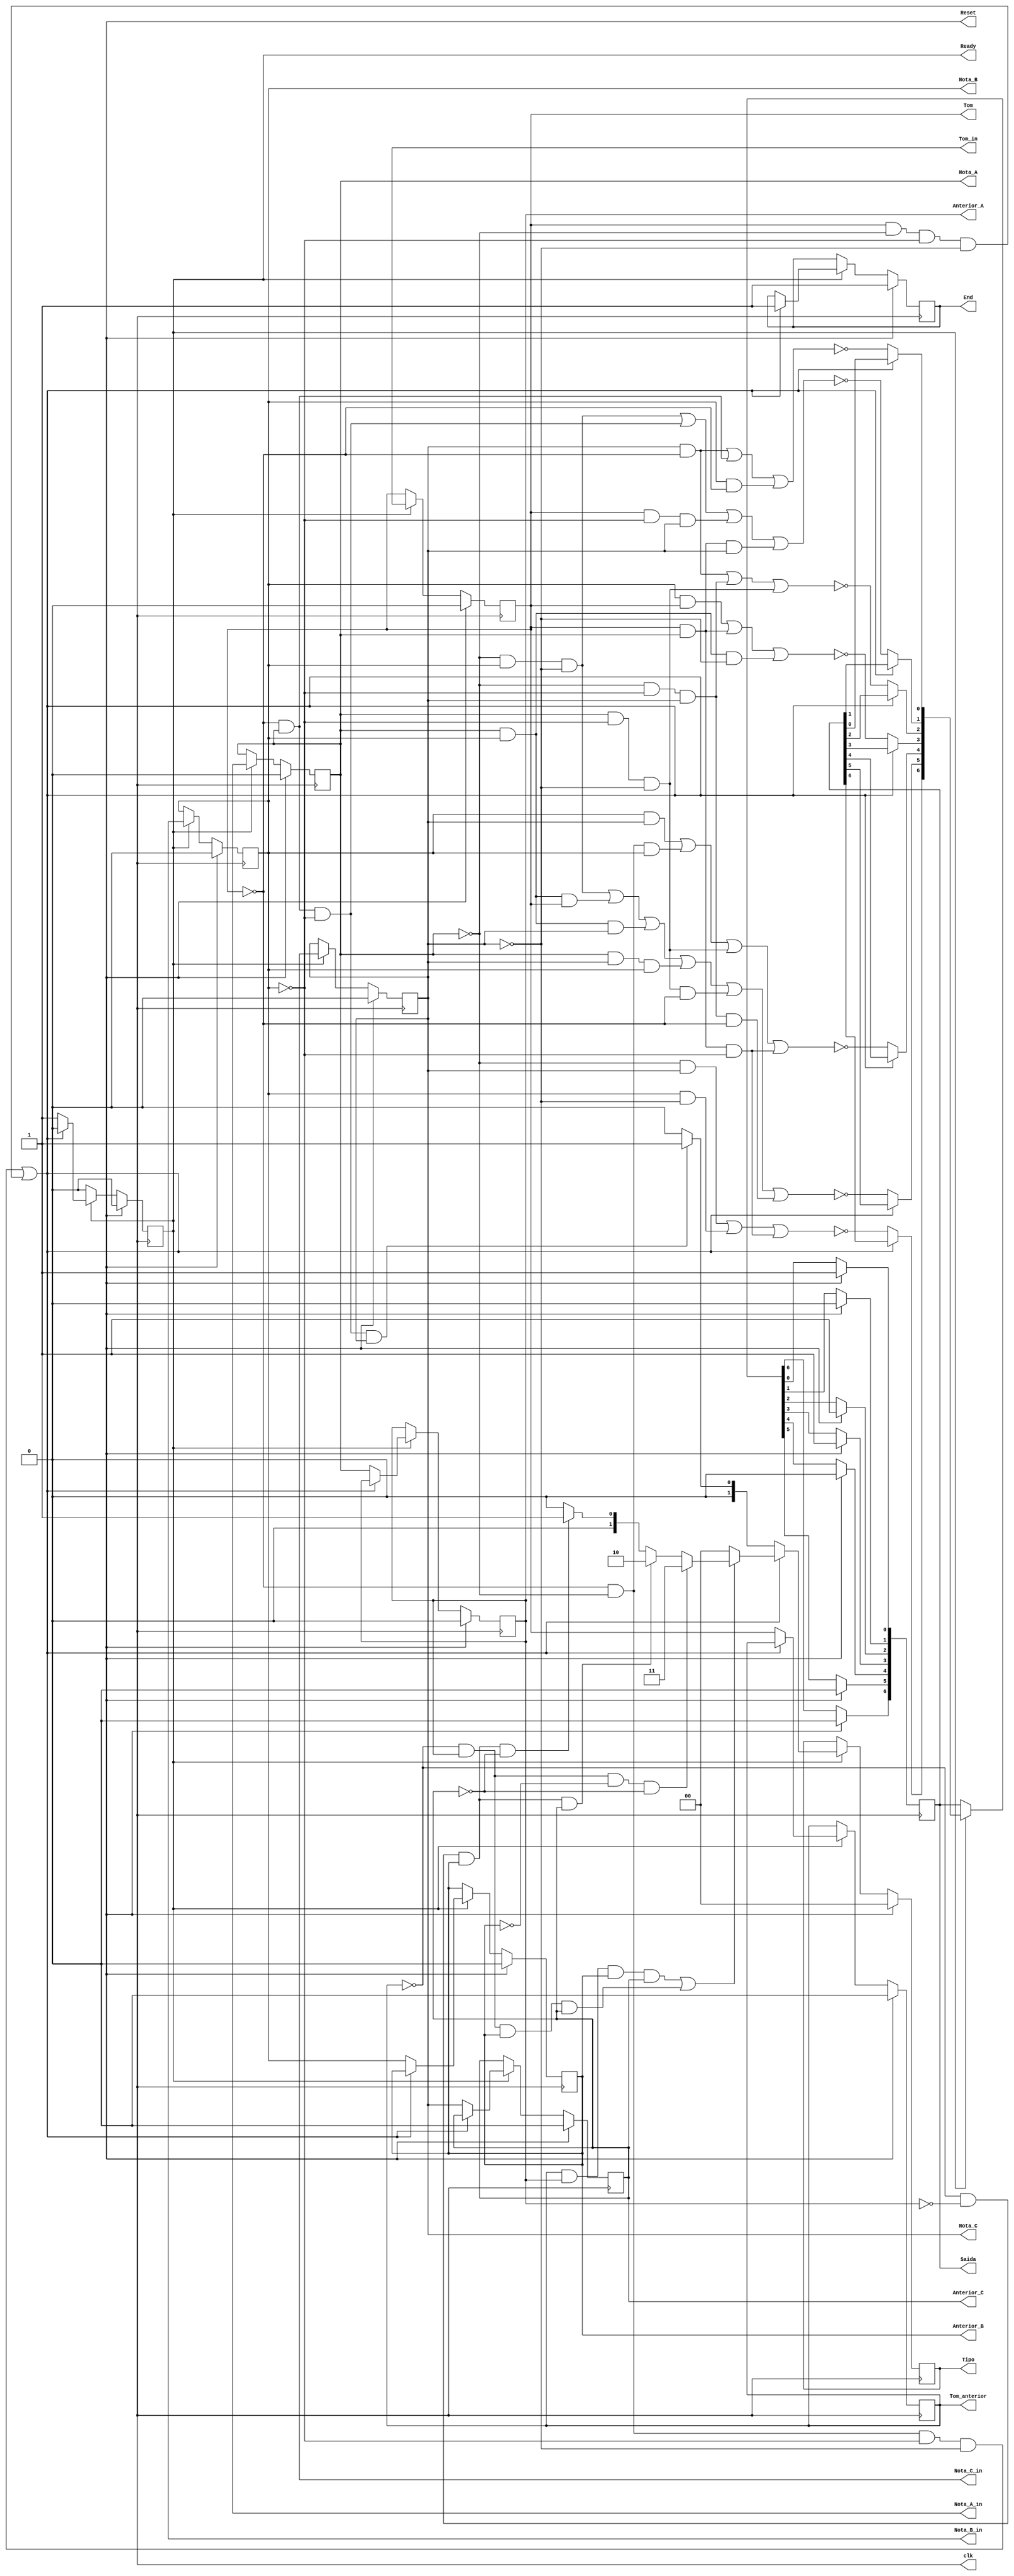
module Substantivo (clk, Reset, Ready, Tom, Nota_A, Nota_B, Nota_C, End, Tipo, Anterior_A, Anterior_B, Anterior_C, Tom_anterior, Saida, Nota_A_in, Nota_B_in, Nota_C_in, Tom_in);


    output reg [6:0] Saida;
	output reg [1:0] Tipo;
    output reg Anterior_A, Anterior_B, Anterior_C;
    output reg Nota_A, Nota_B, Nota_C, Nota_A_in, Nota_B_in, Nota_C_in, Tom_in;
    output reg Tom, Ready, clk, Reset, End, Tom_anterior;



    // O circuito atualizar na borda de subida "Positive edge"
    always@(posedge clk) begin
		  
        // Se o reset tiver o valor 1, o circuito resetar
        // OBS: Para o circuito funcionar de forma correta,  nescessario o resetar antes do uso
        if (Reset == 1'b1) begin
				
            Tom <= 1'b0;
            Nota_A <= 1'b0;
            Nota_B <= 1'b0;
            Nota_C <= 1'b0;
            Ready <= 1'b0;
            End <= 1'b1;
            Tipo <= 2'b00;
            
            Tom_anterior <= 1'b0;
            Anterior_A <= 1'b0;
            Anterior_B <= 1'b0;
            Anterior_C <= 1'b0;

            Saida[6] <= 1'b0;
            Saida[5] <= 1'b0;
            Saida[4] <= 1'b0;
            Saida[3] <= 1'b1;
            Saida[2] <= 1'b1;
            Saida[1] <= 1'b0;
            Saida[0] <= 1'b1;
            
        end

        // Caso o reset contenha o valor 0, o algoritmo ter prosseguimento
        
		else begin

            if (Ready == 1'b1) begin

                Tom <= Tom_in;
                Nota_A <= Nota_A_in;
                Nota_B <= Nota_B_in;
                Nota_C <= Nota_C_in;

                // Verifica se  uma letra invlida, caso sim o algoritmo analisa a entrada "anterior"
                if ((Tom == 1'b0 && Nota_A == 1'b0 && Nota_B == 1'b0 && Nota_C == 1'b0) || (Tom == 1'b1 && Nota_A == 1'b0 && Nota_B == 1'b0 && Nota_C == 1'b0)) begin
                    
                    // Como a entrada  uma letra invlida, como especificado a palavra ser encerrada
                    
					Ready <= 1'b0;
                    End <= 1'b1;
                    
                    // Verifica a entrada "anterior"  uma letra vlida, caso sim informa qual substantivo 
                    if ((Tom_anterior != 1'b0 && Anterior_A != 1'b0 && Anterior_B != 1'b0 && Anterior_C != 1'b0) || (Tom_anterior != 1'b1 && Anterior_A != 1'b0 && Anterior_B != 1'b0 && Anterior_C != 1'b0)) begin
                        
                        if (Tom_anterior == 1'b0 && Anterior_A != 1'b0 && Anterior_B != 1'b1 && Anterior_C != 1'b1) begin

                            Tipo <= 2'b11;

                        end
                    
                        else if (Tom_anterior == 1'b0 && Anterior_A != 1'b1 && Anterior_B != 1'b0 && Anterior_C != 1'b0) begin

                            Tipo <= 2'b10;
   
                        end

                        else if (Tom_anterior == 1'b0 && Anterior_A != 1'b1 && Anterior_B != 1'b0 && Anterior_C != 1'b1) begin
                        
                            Tipo <= 2'b01;
             
                        end

                        else begin
                            
                            Tipo <= 2'b00;

                        end         
                        
                    end

                    // Se a entrada anterior for invlida, se trata de uma palavra invlida
                    // Porque tanto a entrada atual quanto a anterior so invlidas
                    else begin
                        
                        Tipo <= 2'b00;

                    end 
                                
                end

                // Caso a entrada for uma letra vlida o algoritmo vai conferir se 
                // um D, R, ou um Mi
                else begin

                    // Mostra no display de 7 segmentos qual  a letra vlida inserida no FPGA

                    Saida[6] = ~((~Nota_A && Nota_C) || (Nota_B && ~Nota_C) || (Tom && Nota_A && ~Nota_B)); 
	                Saida[5] = ~((~Nota_A && Nota_B && ~Nota_C) || (Nota_A && Nota_B && Tom) || (Nota_A && Nota_B && Nota_C) || (Nota_A && Nota_C && Nota_B) || (Nota_A && ~Nota_B && ~Nota_C && ~Tom) || (~Nota_A && ~Nota_B && Nota_C && ~Tom));
    	            Saida[4] = ~((Nota_B && Nota_C) || (~Tom && ~Nota_A && Nota_B) || (Nota_A && ~Nota_B && ~Nota_C) || (Tom && Nota_A && ~Nota_B));
    	            Saida[3] = ~((Nota_B && Tom) || (Nota_A && Tom) || (Nota_A && Nota_B && ~Nota_C));
    	            Saida[2] = ~((Nota_C && ~Tom) || (~Nota_A && ~Nota_B && Nota_C) || (Nota_A && ~Nota_B && ~Nota_C)); 
    	            Saida[1] = ~((~Nota_A && Nota_B && ~Nota_C) || (~Tom && Nota_A && ~Nota_B) || (Tom && ~Nota_B && Nota_C) || (Tom && Nota_A && Nota_C));
    	            Saida[0] = ~((Nota_C && ~Tom) || (Nota_A && ~Tom) || (Nota_B && ~Tom));
	 
                    if (Tom == 1'b0 && Nota_A == 1'b0 && Nota_B == 1'b1 && Nota_C == 1'b1) begin

                        Tom_anterior <= Tom;
                        Anterior_A <= Nota_A;
                        Anterior_B <= Nota_B;
                        Anterior_C <= Nota_C;
                        
                        Tipo <= 2'b11;

                    end
                    
                    if (Tom == 1'b0 && Nota_A == 1'b1 && Nota_B == 1'b0 && Nota_C == 1'b0) begin

                        Tom_anterior <= Tom;
                        Anterior_A <= Nota_A;
                        Anterior_B <= Nota_B;
                        Anterior_C <= Nota_C;
                        
                        Tipo <= 2'b10;

                    end

                    if (Tom == 1'b0 && Nota_A == 1'b1 && Nota_B == 1'b0 && Nota_C == 1'b1) begin
                        
                        Tom_anterior <= Tom;
                        Anterior_A <= Nota_A;
                        Anterior_B <= Nota_B;
                        Anterior_C <= Nota_C;

                        Tipo <= 2'b01;
             
                    end

                    // Se for uma letra vlida mas diferente, o algoritmo retornar para o estado inicial
                    else begin
                        
                        Tom_anterior <= Tom;
                        Anterior_A <= Nota_A;
                        Anterior_B <= Nota_B;
                        Anterior_C <= Nota_C;

                        Tipo <= 2'b00;

                    end     


                end

            end
  
  
        end

  
    end


endmodule